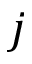
j